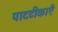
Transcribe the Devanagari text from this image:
पादटीकाएँ